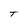
Character: T